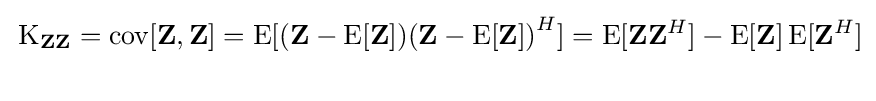
{\begin{aligned}&\operatorname {K} _{\mathbf {Z} \mathbf {Z} }=\operatorname {cov} [\mathbf {Z} ,\mathbf {Z} ]=\operatorname {E} [(\mathbf {Z} -\operatorname {E} [\mathbf {Z} ]){(\mathbf {Z} -\operatorname {E} [\mathbf {Z} ])}^{H}]=\operatorname {E} [\mathbf {Z} \mathbf {Z} ^{H}]-\operatorname {E} [\mathbf {Z} ]\operatorname {E} [\mathbf {Z} ^{H}]\\[12pt]\end{aligned}}